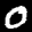
Label: 0